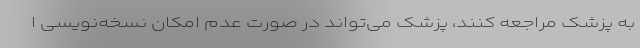
به پزشک مراجعه کنند، پزشک می‌تواند در صورت عدم امکان نسخه‌نویسی ا